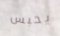
يحبس